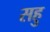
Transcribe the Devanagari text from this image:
सहु